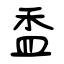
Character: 盉